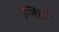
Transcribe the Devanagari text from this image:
जितो